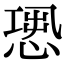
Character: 𢝭